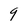
Character: 9